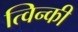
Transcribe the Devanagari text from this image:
त्विन्की